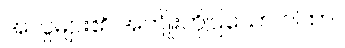
အလှူများ၏ အကျိုးကိုပြသော ဂါထာ။